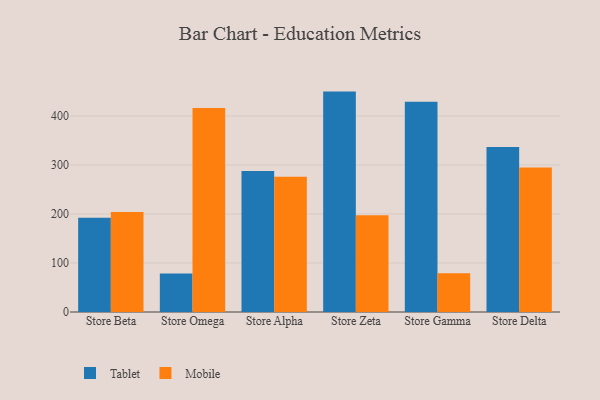
{"axis": {"x": "Store", "y": "Satisfaction Score"}, "legend": ["Mobile", "Tablet"], "data": [{"x": "Store Beta", "y": 192.1, "type": "Tablet"}, {"x": "Store Beta", "y": 204.1, "type": "Mobile"}, {"x": "Store Omega", "y": 78.7, "type": "Tablet"}, {"x": "Store Omega", "y": 416.1, "type": "Mobile"}, {"x": "Store Alpha", "y": 287.5, "type": "Tablet"}, {"x": "Store Alpha", "y": 275.9, "type": "Mobile"}, {"x": "Store Zeta", "y": 449.7, "type": "Tablet"}, {"x": "Store Zeta", "y": 197.3, "type": "Mobile"}, {"x": "Store Gamma", "y": 428.9, "type": "Tablet"}, {"x": "Store Gamma", "y": 79.2, "type": "Mobile"}, {"x": "Store Delta", "y": 336.5, "type": "Tablet"}, {"x": "Store Delta", "y": 295.0, "type": "Mobile"}]}